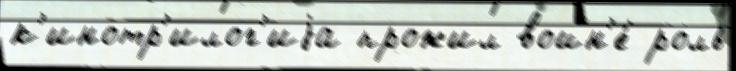
к'инотр'илог'иjа прожил войн'е́ роль